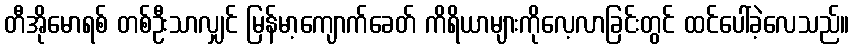
တီအိုမောရစ် တစ်ဦးသာလျှင် မြန်မာ့ကျောက်ခေတ် ကိရိယာများကိုလေ့လာခြင်းတွင် ထင်ပေါ်ခဲ့လေသည်။